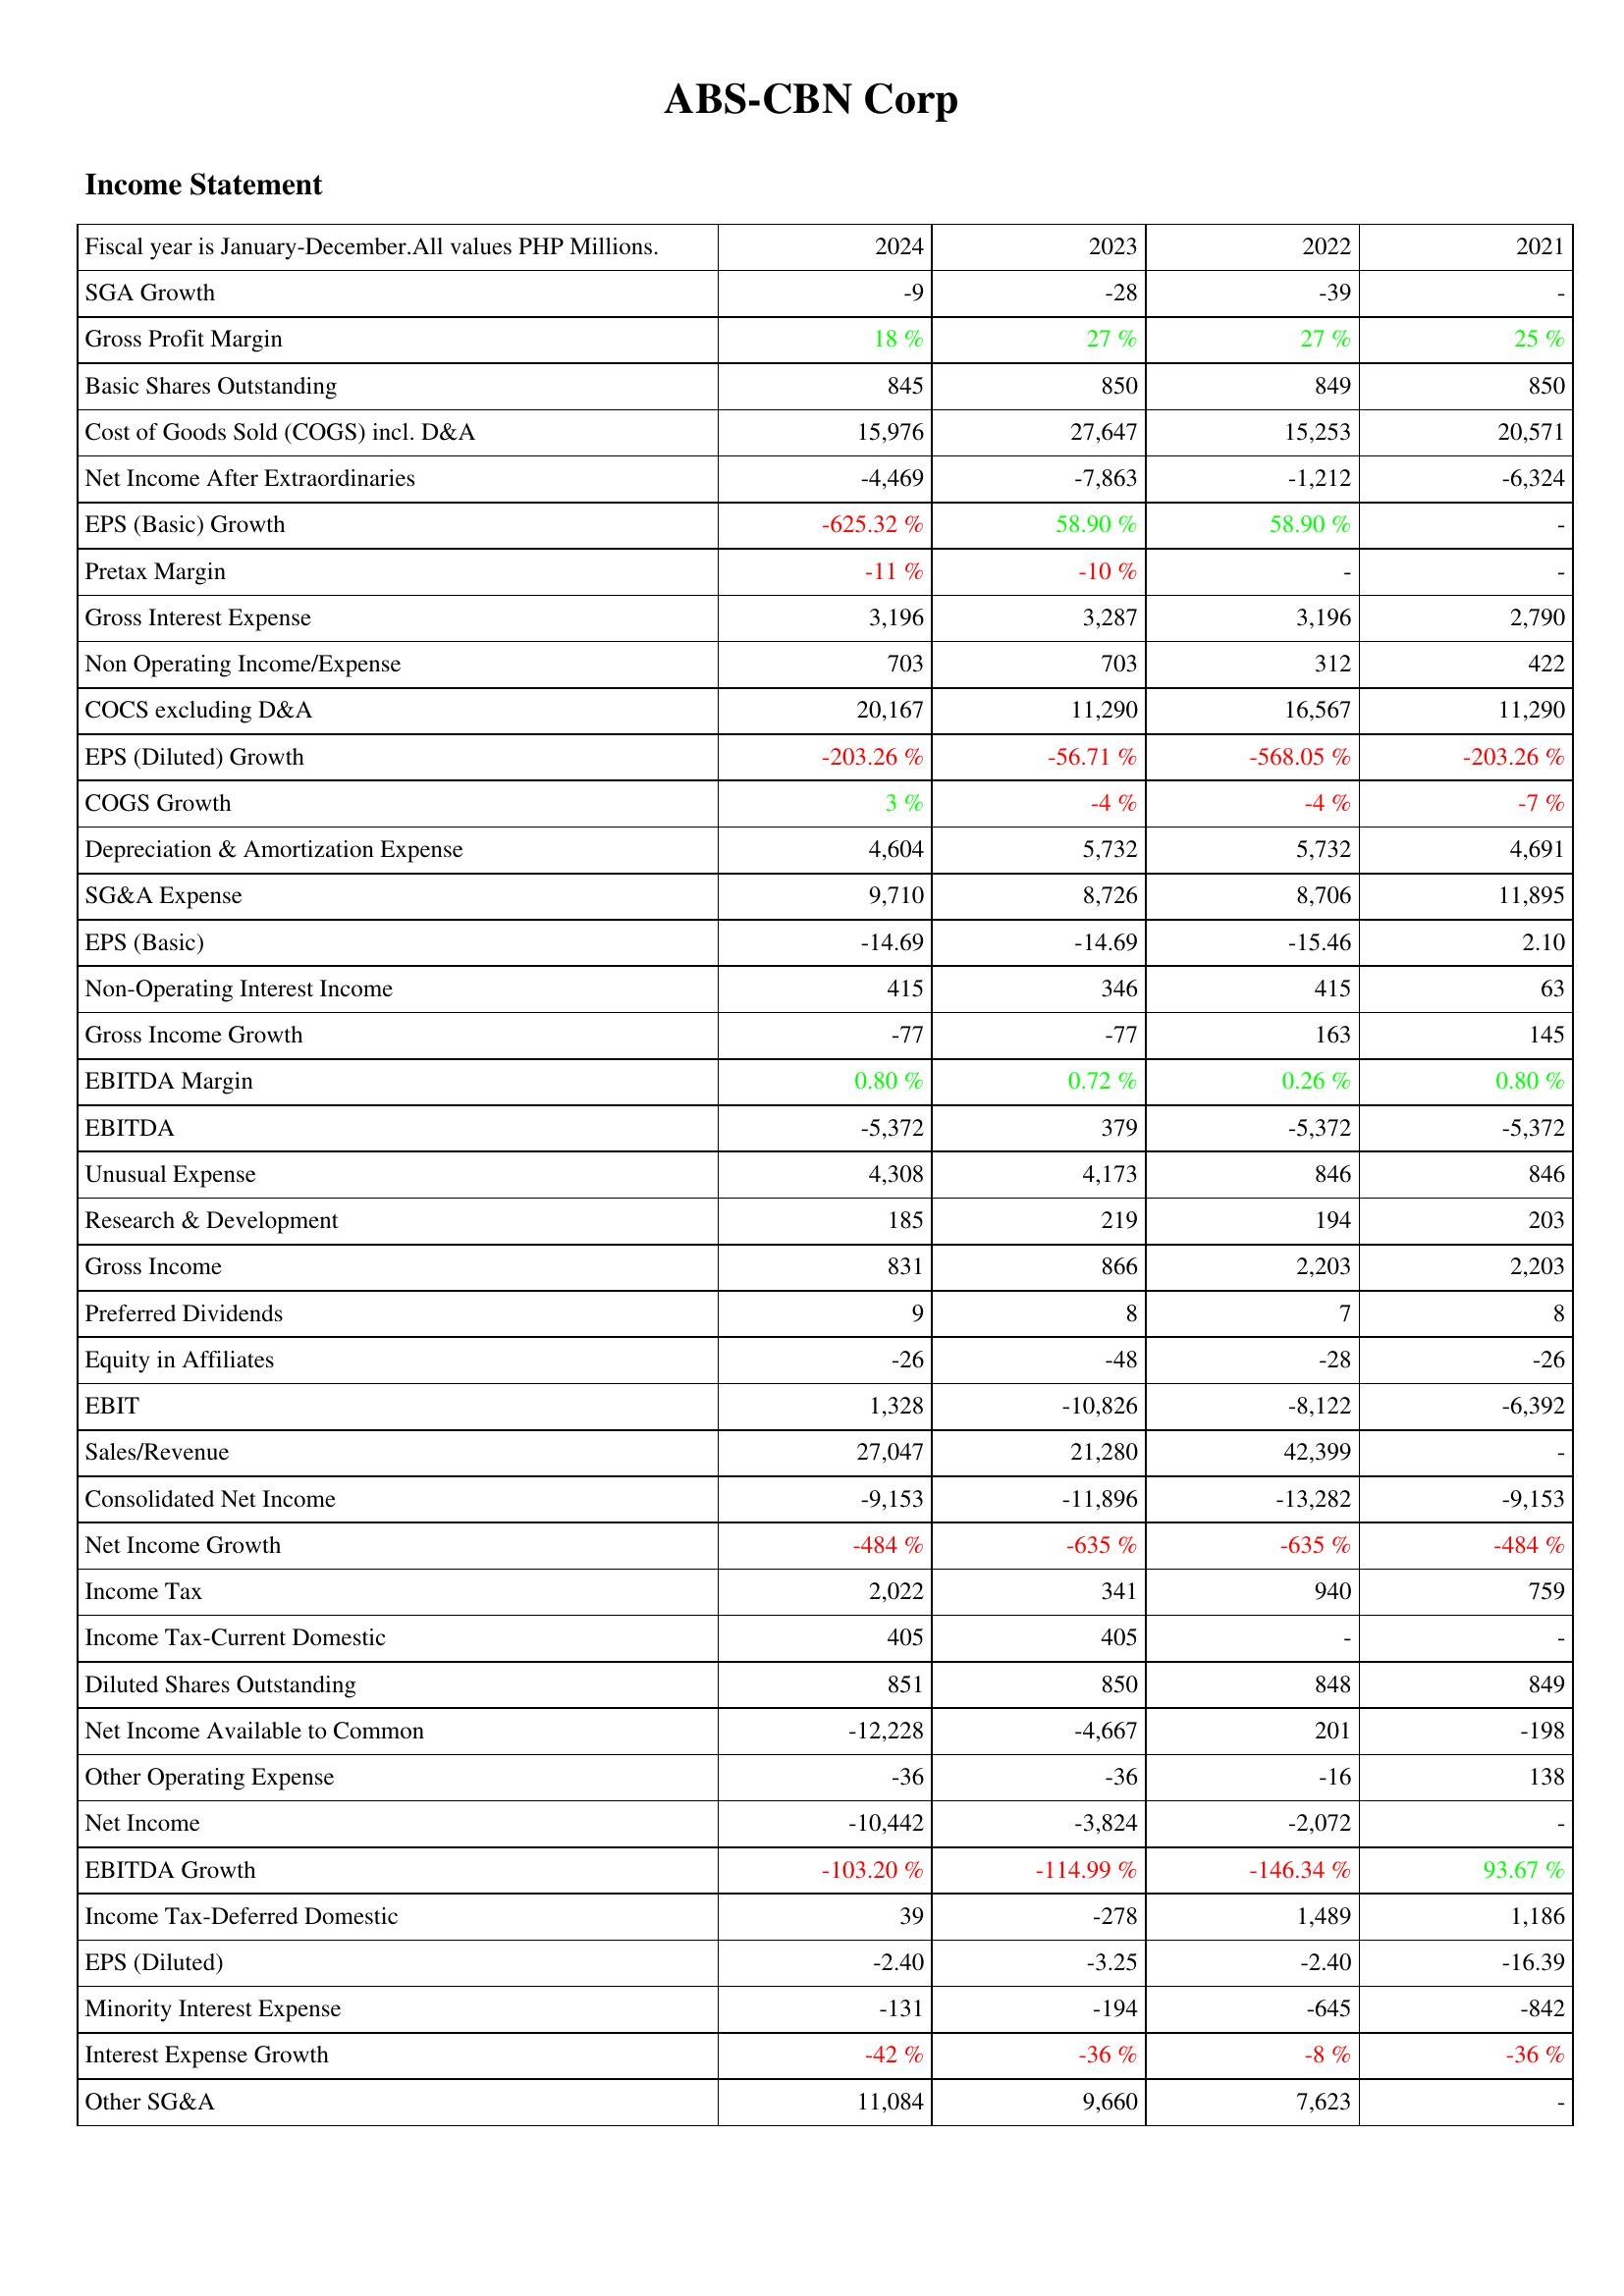
2024: Income Statement: SGA Growth: -9
Gross Profit Margin: 18 %
Basic Shares Outstanding: 845
Cost of Goods Sold (COGS) incl. D&A: 15,976
Net Income After Extraordinaries: -4,469
EPS (Basic) Growth: -625.32 %
Pretax Margin: -11 %
Gross Interest Expense: 3,196
Non Operating Income/Expense: 703
COCS excluding D&A: 20,167
EPS (Diluted) Growth: -203.26 %
COGS Growth: 3 %
Depreciation & Amortization Expense: 4,604
SG&A Expense: 9,710
EPS (Basic): -14.69
Non-Operating Interest Income: 415
Gross Income Growth: -77
EBITDA Margin: 0.80 %
EBITDA: -5,372
Unusual Expense: 4,308
Research & Development: 185
Gross Income: 831
Preferred Dividends: 9
Equity in Affiliates: -26
EBIT: 1,328
Sales/Revenue: 27,047
Consolidated Net Income: -9,153
Net Income Growth: -484 %
Income Tax: 2,022
Income Tax-Current Domestic: 405
Diluted Shares Outstanding: 851
Net Income Available to Common: -12,228
Other Operating Expense: -36
Net Income: -10,442
EBITDA Growth: -103.20 %
Income Tax-Deferred Domestic: 39
EPS (Diluted): -2.40
Minority Interest Expense: -131
Interest Expense Growth: -42 %
Other SG&A: 11,084
2023: Income Statement: SGA Growth: -28
Gross Profit Margin: 27 %
Basic Shares Outstanding: 850
Cost of Goods Sold (COGS) incl. D&A: 27,647
Net Income After Extraordinaries: -7,863
EPS (Basic) Growth: 58.90 %
Pretax Margin: -10 %
Gross Interest Expense: 3,287
Non Operating Income/Expense: 703
COCS excluding D&A: 11,290
EPS (Diluted) Growth: -56.71 %
COGS Growth: -4 %
Depreciation & Amortization Expense: 5,732
SG&A Expense: 8,726
EPS (Basic): -14.69
Non-Operating Interest Income: 346
Gross Income Growth: -77
EBITDA Margin: 0.72 %
EBITDA: 379
Unusual Expense: 4,173
Research & Development: 219
Gross Income: 866
Preferred Dividends: 8
Equity in Affiliates: -48
EBIT: -10,826
Sales/Revenue: 21,280
Consolidated Net Income: -11,896
Net Income Growth: -635 %
Income Tax: 341
Income Tax-Current Domestic: 405
Diluted Shares Outstanding: 850
Net Income Available to Common: -4,667
Other Operating Expense: -36
Net Income: -3,824
EBITDA Growth: -114.99 %
Income Tax-Deferred Domestic: -278
EPS (Diluted): -3.25
Minority Interest Expense: -194
Interest Expense Growth: -36 %
Other SG&A: 9,660
2022: Income Statement: SGA Growth: -39
Gross Profit Margin: 27 %
Basic Shares Outstanding: 849
Cost of Goods Sold (COGS) incl. D&A: 15,253
Net Income After Extraordinaries: -1,212
EPS (Basic) Growth: 58.90 %
Pretax Margin: -
Gross Interest Expense: 3,196
Non Operating Income/Expense: 312
COCS excluding D&A: 16,567
EPS (Diluted) Growth: -568.05 %
COGS Growth: -4 %
Depreciation & Amortization Expense: 5,732
SG&A Expense: 8,706
EPS (Basic): -15.46
Non-Operating Interest Income: 415
Gross Income Growth: 163
EBITDA Margin: 0.26 %
EBITDA: -5,372
Unusual Expense: 846
Research & Development: 194
Gross Income: 2,203
Preferred Dividends: 7
Equity in Affiliates: -28
EBIT: -8,122
Sales/Revenue: 42,399
Consolidated Net Income: -13,282
Net Income Growth: -635 %
Income Tax: 940
Income Tax-Current Domestic: -
Diluted Shares Outstanding: 848
Net Income Available to Common: 201
Other Operating Expense: -16
Net Income: -2,072
EBITDA Growth: -146.34 %
Income Tax-Deferred Domestic: 1,489
EPS (Diluted): -2.40
Minority Interest Expense: -645
Interest Expense Growth: -8 %
Other SG&A: 7,623
2021: Income Statement: SGA Growth: -
Gross Profit Margin: 25 %
Basic Shares Outstanding: 850
Cost of Goods Sold (COGS) incl. D&A: 20,571
Net Income After Extraordinaries: -6,324
EPS (Basic) Growth: -
Pretax Margin: -
Gross Interest Expense: 2,790
Non Operating Income/Expense: 422
COCS excluding D&A: 11,290
EPS (Diluted) Growth: -203.26 %
COGS Growth: -7 %
Depreciation & Amortization Expense: 4,691
SG&A Expense: 11,895
EPS (Basic): 2.10
Non-Operating Interest Income: 63
Gross Income Growth: 145
EBITDA Margin: 0.80 %
EBITDA: -5,372
Unusual Expense: 846
Research & Development: 203
Gross Income: 2,203
Preferred Dividends: 8
Equity in Affiliates: -26
EBIT: -6,392
Sales/Revenue: -
Consolidated Net Income: -9,153
Net Income Growth: -484 %
Income Tax: 759
Income Tax-Current Domestic: -
Diluted Shares Outstanding: 849
Net Income Available to Common: -198
Other Operating Expense: 138
Net Income: -
EBITDA Growth: 93.67 %
Income Tax-Deferred Domestic: 1,186
EPS (Diluted): -16.39
Minority Interest Expense: -842
Interest Expense Growth: -36 %
Other SG&A: -